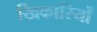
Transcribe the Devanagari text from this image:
खिकारियों